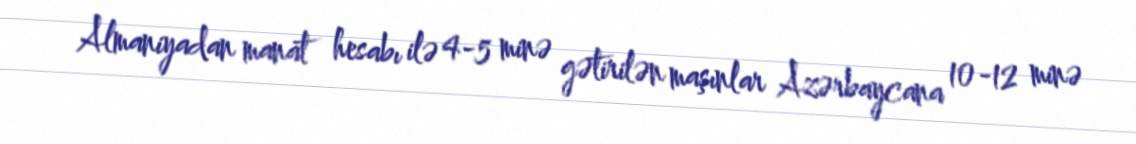
Almaniyadan manat hesabı ilə 4-5 minə gətirilən maşınlar Azərbaycana 10-12 minə